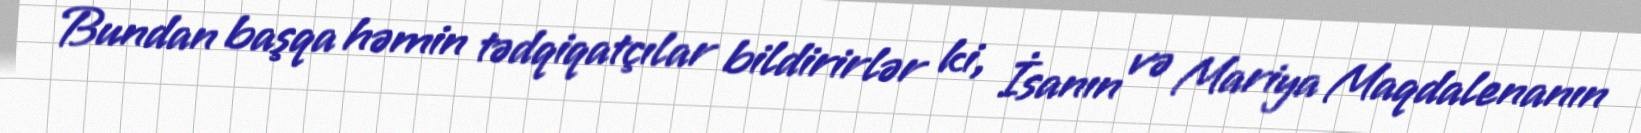
Bundan başqa həmin tədqiqatçılar bildirirlər ki, İsanın və Mariya Maqdalenanın